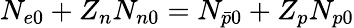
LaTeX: N_{e0}+Z_{n}N_{n0}=N_{\bar{p}0}+Z_{p}N_{p0}